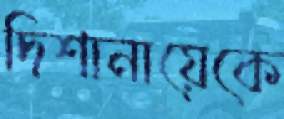
দিশানায়েকে